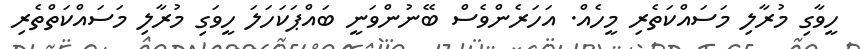
ހީވާގި މުރާލި މަސައްކަތެރި މީހެއް. އަހަރެންވެސް ބޭނުންވަނީ ބައްޕަކަހަލަ ހީވަގި މުރާލި މަސައްކަތްތެރި